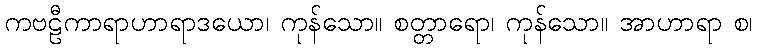
ကဗဠီကာရာဟာရာဒယော၊ ကုန်သော။ စတ္တာရော၊ ကုန်သော။ အာဟာရာ စ၊